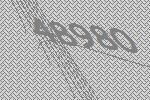
48980